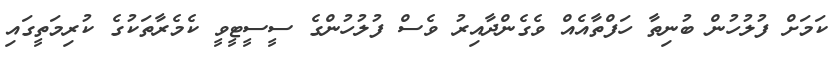
ކަމަށް ފުލުހުން ބުނިތާ ހަފްތާއެއް ވެގެންދާއިރު ވެސް ފުލުހުންގެ ސީސީީޓީވީ ކެމެރާތަކުގެ ކުރިމަތީގައި